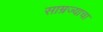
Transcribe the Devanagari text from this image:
साम्रज्याचा